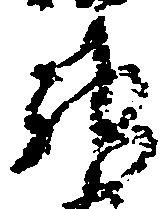
神